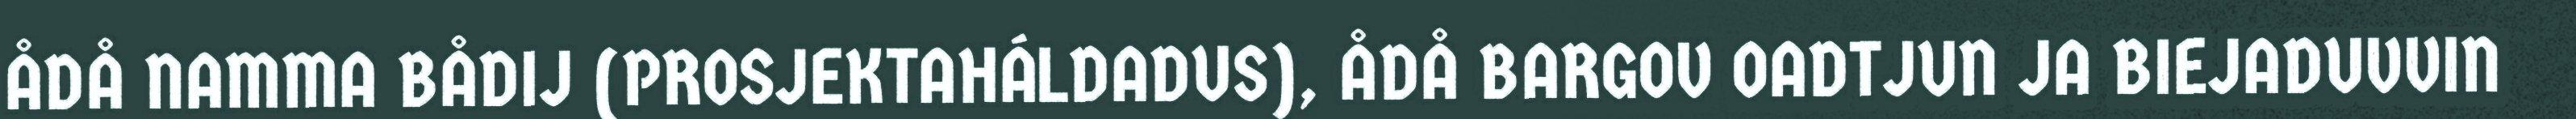
ÅDÅ NAMMA BÅDIJ (PROSJEKTAHÁLDADUS), ÅDÅ BARGOV OADTJUN JA BIEJADUVVIN